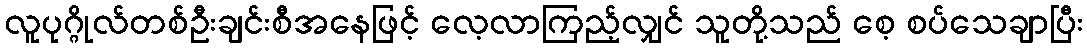
လူပုဂ္ဂိုလ်တစ်ဦးချင်းစီအနေဖြင့် လေ့လာကြည့်လျှင် သူတို့သည် စေ့ စပ်သေချာပြီး